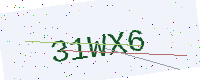
Text: 31WX6